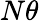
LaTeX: N\theta